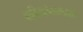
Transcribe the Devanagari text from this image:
कवितालेखनासाठी